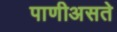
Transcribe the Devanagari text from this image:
पाणीअसते